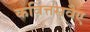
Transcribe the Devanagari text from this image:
कवित्तसवैए